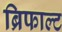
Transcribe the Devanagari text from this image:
ब्रिफाल्ट